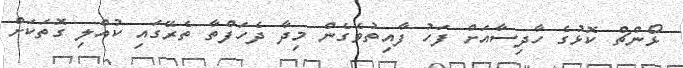
ޅޯންޗް ކޮޅުގެ ހާދިސާއަށް ފަހު ފާއިތުވެގެން މިދާ ދެހަފްތާ ތެރޭގައި ކުއްލި ގޮތަކަށް